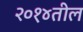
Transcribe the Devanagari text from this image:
२०१४तील